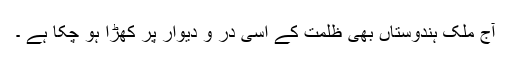
آج ملک ہندوستاں بھی ظلمت کے اسی در و دیوار پر کھڑا ہو چکا ہے ۔